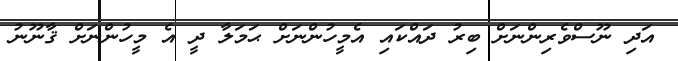
އަދި ނޫސްވެރިންނަށް ބިރު ދައްކައި އެމީހުންނަށް ޙަމަލާ ދީ އެ މީހުންނަށް ޤާނޫނު